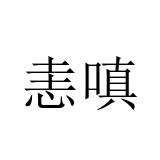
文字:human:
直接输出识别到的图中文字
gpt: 恚嗔